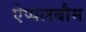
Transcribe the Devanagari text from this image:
ऐप्पलबौम